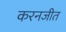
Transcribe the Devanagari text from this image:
करनजीत